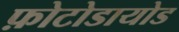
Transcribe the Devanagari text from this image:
फ़ोटोडायोड